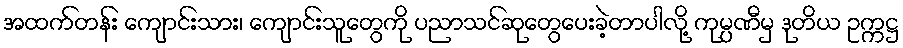
အထက်တန်း ကျောင်းသား၊ ကျောင်းသူတွေကို ပညာသင်ဆုတွေပေးခဲ့တာပါလို့ ကုမ္ပဏီမှ ဒုတိယ ဥက္ကဋ္ဌ